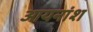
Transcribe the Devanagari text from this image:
आयनांश